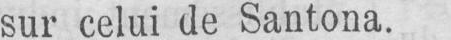
sur celui de Santona.